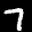
Label: 7